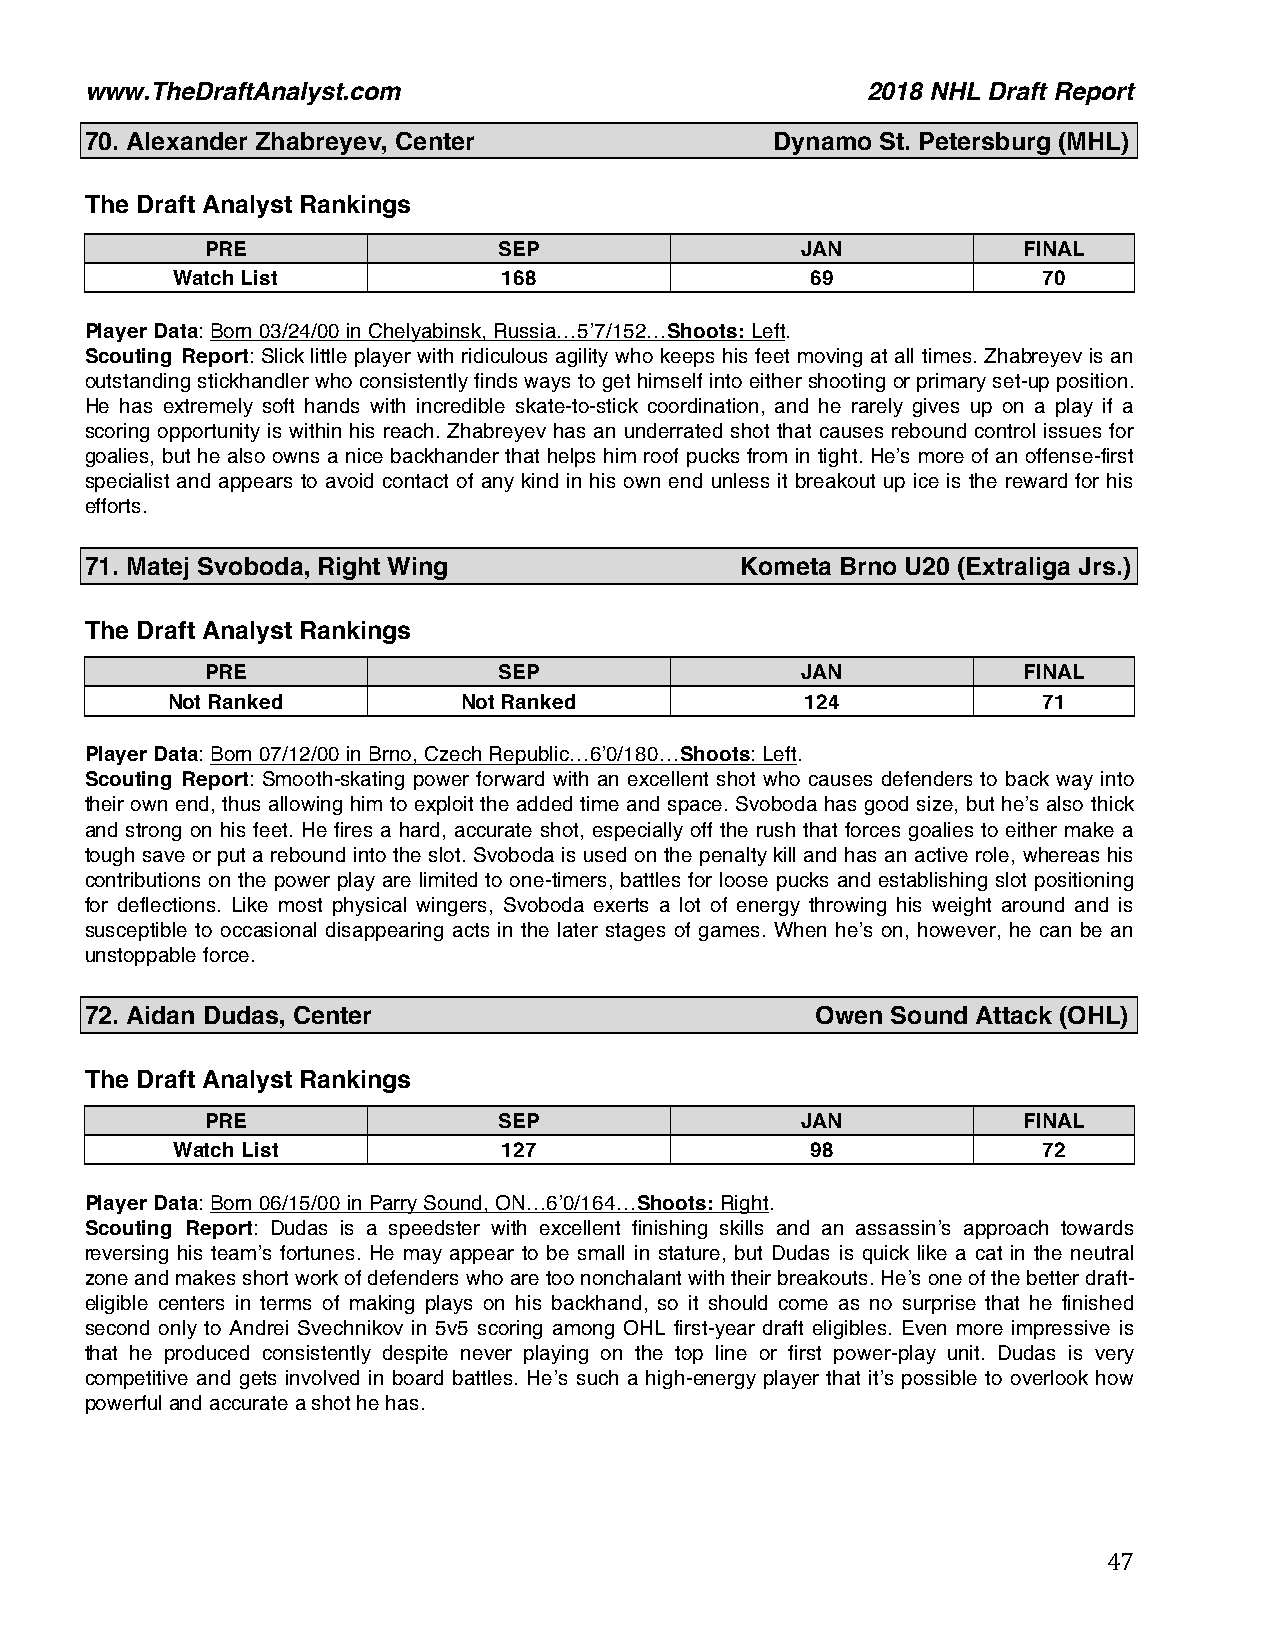
www.TheDraftAnalyst.com                            2018 NHL Draft Report
 70. Alexander Zhabreyev, Center              Dynamo St. Petersburg (MHL)
 The Draft Analyst Rankings
 PRE                SEP                 JAN            FINAL
 Watch List            168                  69             70
 Player Data: Born 03/24/00 in Chelyabinsk, Russia…5’7/152…Shoots: Left.
 Scouting Report: Slick little player with ridiculous agility who keeps his feet moving at all times. Zhabreyev is an
 outstanding stickhandler who consistently finds ways to get himself into either shooting or primary set-up position.
 He has extremely soft hands with incredible skate-to-stick coordination, and he rarely gives up on a play if a
 scoring opportunity is within his reach. Zhabreyev has an underrated shot that causes rebound control issues for
 goalies, but he also owns a nice backhander that helps him roof pucks from in tight. He’s more of an offense-first
 specialist and appears to avoid contact of any kind in his own end unless it breakout up ice is the reward for his
 efforts.
 71. Matej Svoboda, Right Wing              Kometa Brno U20 (Extraliga Jrs.)
 The Draft Analyst Rankings
 PRE                SEP                 JAN            FINAL
 Not Ranked          Not Ranked            124             71
 Player Data: Born 07/12/00 in Brno, Czech Republic…6’0/180…Shoots: Left.
 Scouting Report: Smooth-skating power forward with an excellent shot who causes defenders to back way into
 their own end, thus allowing him to exploit the added time and space. Svoboda has good size, but he’s also thick
 and strong on his feet. He fires a hard, accurate shot, especially off the rush that forces goalies to either make a
 tough save or put a rebound into the slot. Svoboda is used on the penalty kill and has an active role, whereas his
 contributions on the power play are limited to one-timers, battles for loose pucks and establishing slot positioning
 for deflections. Like most physical wingers, Svoboda exerts a lot of energy throwing his weight around and is
 susceptible to occasional disappearing acts in the later stages of games. When he’s on, however, he can be an
 unstoppable force.
 72. Aidan Dudas, Center                         Owen Sound Attack (OHL)
 The Draft Analyst Rankings
 PRE                SEP                 JAN            FINAL
 Watch List            127                  98             72
 Player Data: Born 06/15/00 in Parry Sound, ON…6’0/164…Shoots: Right.
 Scouting Report: Dudas is a speedster with excellent finishing skills and an assassin’s approach towards
 reversing his team’s fortunes. He may appear to be small in stature, but Dudas is quick like a cat in the neutral
 zone and makes short work of defenders who are too nonchalant with their breakouts. He’s one of the better draft-
 eligible centers in terms of making plays on his backhand, so it should come as no surprise that he finished
 second only to Andrei Svechnikov in 5v5 scoring among OHL first-year draft eligibles. Even more impressive is
 that he produced consistently despite never playing on the top line or first power-play unit. Dudas is very
 competitive and gets involved in board battles. He’s such a high-energy player that it’s possible to overlook how
 powerful and accurate a shot he has.
 47